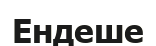
Ендеше